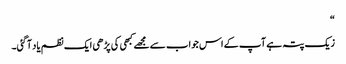
“
زیک پتہ ہے آپ کے اس جواب سے مجھے کبھی کی پڑھی ایک نظم یاد آگئی۔